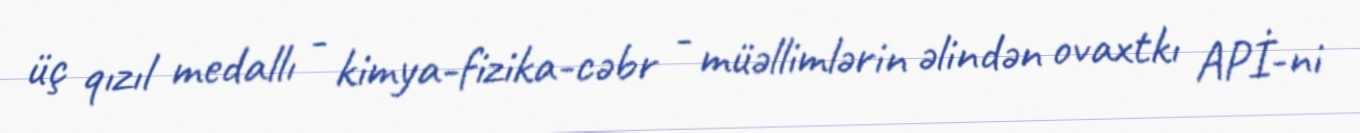
üç qızıl medallı - kimya-fizika-cəbr - müəllimlərin əlindən ovaxtkı APİ-ni